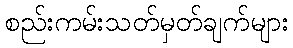
စည်းကမ်းသတ်မှတ်ချက်များ